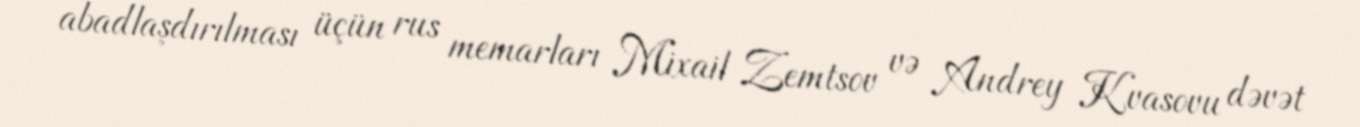
abadlaşdırılması üçün rus memarları Mixail Zemtsov və Andrey Kvasovu dəvət